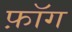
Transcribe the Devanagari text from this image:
फ़ॉग